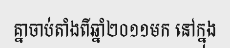
គ្នាចាប់តាំងពីឆ្នាំ២០១១មក នៅក្នុង